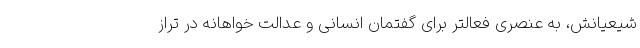
شیعیانش، به عنصری فعالتر برای گفتمان انسانی و عدالت خواهانه در تراز